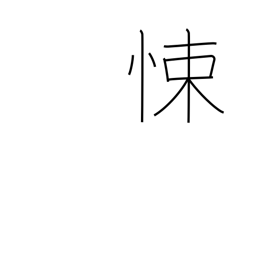
Meaning: fear